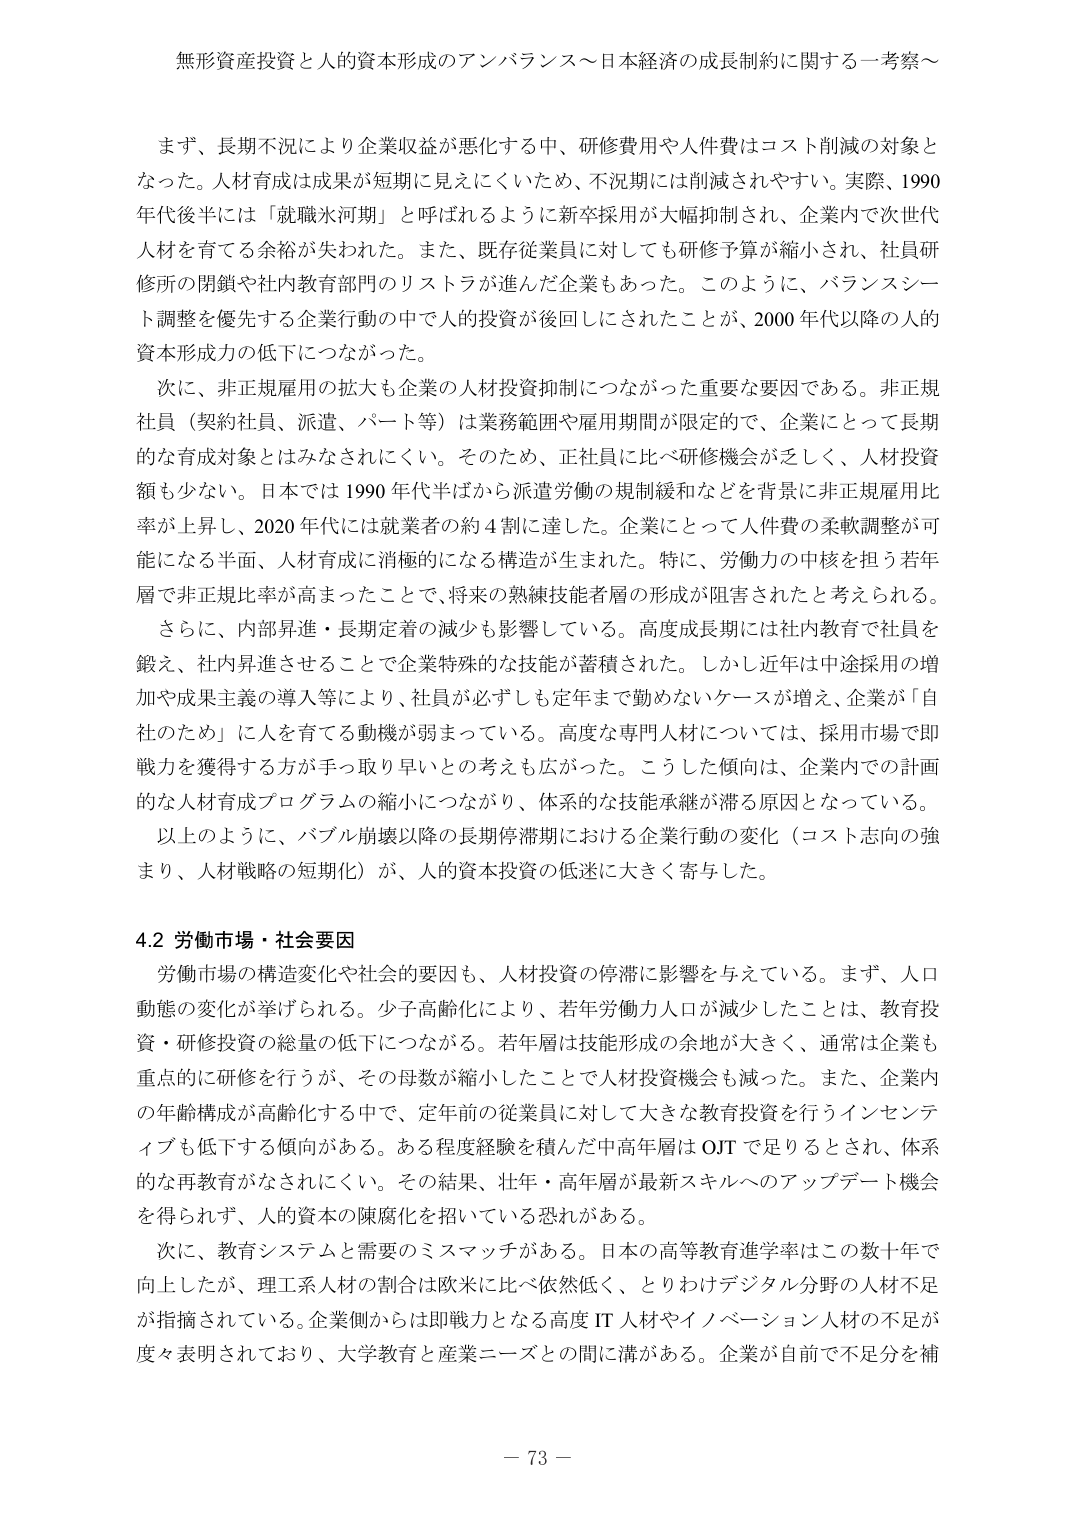
無形資産投資と人的資本形成のアンバランス～日本経済の成長制約に関する一考察～

まず、長期不況により企業収益が悪化する中、研修費用や人件費はコスト削減の対象となった。人材育成は成果が短期に見えにくいため、不況期には削減されやすい。実際、1990年代後半には「就職氷河期」と呼ばれるように新卒採用が大幅抑制され、企業内で次世代人材を育てる余裕が失われた。また、既存従業員に対しても研修予算が縮小され、社員研修所の閉鎖や社内教育部門のリストラが進んだ企業もあった。このように、バランスシート調整を優先する企業行動の中で人的投資が後回しにされたことが、2000年代以降の人的資本形成力の低下につながった。

次に、非正規雇用の拡大も企業の人材投資抑制につながった重要な要因である。非正規社員（契約社員、派遣、パート等）は業務範囲や雇用期間が限定的で、企業にとって長期的な育成対象とはみなされにくい。そのため、正社員に比べ研修機会が乏しく、人材投資額も少ない。日本では1990年代半ばから派遣労働の規制緩和などを背景に非正規雇用比率が上昇し、2020年代には就業者の約4割に達した。企業にとって人件費の柔軟調整が可能になる半面、人材育成に消極的になる構造が生まれた。特に、労働力の中核を担う若年層で非正規比率が高まったことで、将来の熟練技能者層の形成が阻害されたと考えられる。

さらに、内部昇進・長期定着の減少も影響している。高度成長期には社内教育で社員を鍛え、社内昇進させることで企業特殊な技能が蓄積された。しかし近年は中途採用の増加や成果主義の導入等により、社員が必ずしも定年まで勤めないケースが増え、企業が「自社のため」に人を育てる動機が弱まっている。高度な専門人材については、採用市場で即戦力を獲得する方が手取り早いとの考えも広がった。こうした傾向は、企業内での計画的な人材育成プログラムの縮小につながり、体系的な技能承継が滞る原因となっている。

以上のように、バブル崩壊以降の長期停滞期における企業行動の変化（コスト志向の強まり、人材戦略の短期化）が、人的資本投資の低迷に大きく寄与した。

4.2 労働市場・社会要因

労働市場の構造変化や社会的要因も、人材投資の停滞に影響を与えている。まず、人口動態の変化が挙げられる。少子高齢化により、若年労働力人口が減少したことは、教育投資・研修投資の総量の低下につながる。若年層は技能形成の余地が大きく、通常は企業も重点的に研修を行うが、その母数が縮小したことで人材投資機会も減った。また、企業内の年齢構成が高齢化する中で、定年前の従業員に対して大きな教育投資を行うインセンティブも低下する傾向がある。ある程度経験を積んだ中高年層はOJTで足りるとされ、体系的な再教育がなされにくい。その結果、壮年・高年層が最新スキルへのアップデート機会を得られず、人的資本の陳腐化を招いている恐れがある。

次に、教育システムと需要のミスマッチがある。日本の高等教育進学率はこの数十年で向上したが、理工系人材の割合は欧米に比べ依然低く、とりわけデジタル分野の人材不足が指摘されている。企業側からは即戦力となる高度IT人材やイノベーション人材の不足が度々表明されており、大学教育と産業ニーズとの間に溝がある。企業が自前で不足分を補

－ 73 －